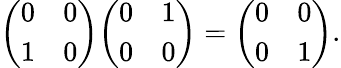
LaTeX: {\left(\begin{array}{ll}{0}&{0}\\ {1}&{0}\end{array}\right)}{\left(\begin{array}{ll}{0}&{1}\\ {0}&{0}\end{array}\right)}={\left(\begin{array}{ll}{0}&{0}\\ {0}&{1}\end{array}\right)}.